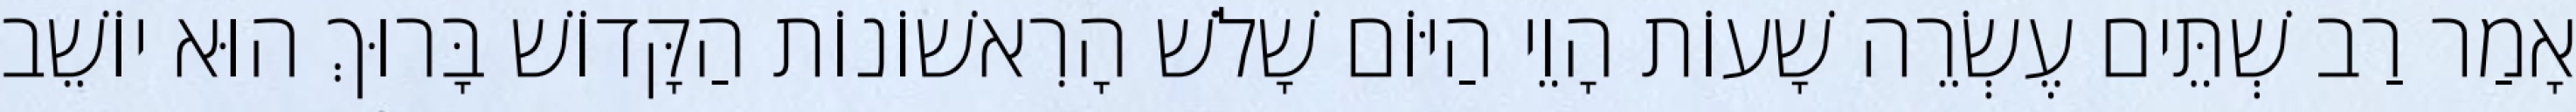
אָמַר רַב שְׁתֵּים עֶשְׂרֵה שָׁעוֹת הָוֵי הַיּוֹם שָׁלֹשׁ הָרִאשׁוֹנוֹת הַקָּדוֹשׁ בָּרוּךְ הוּא יוֹשֵׁב